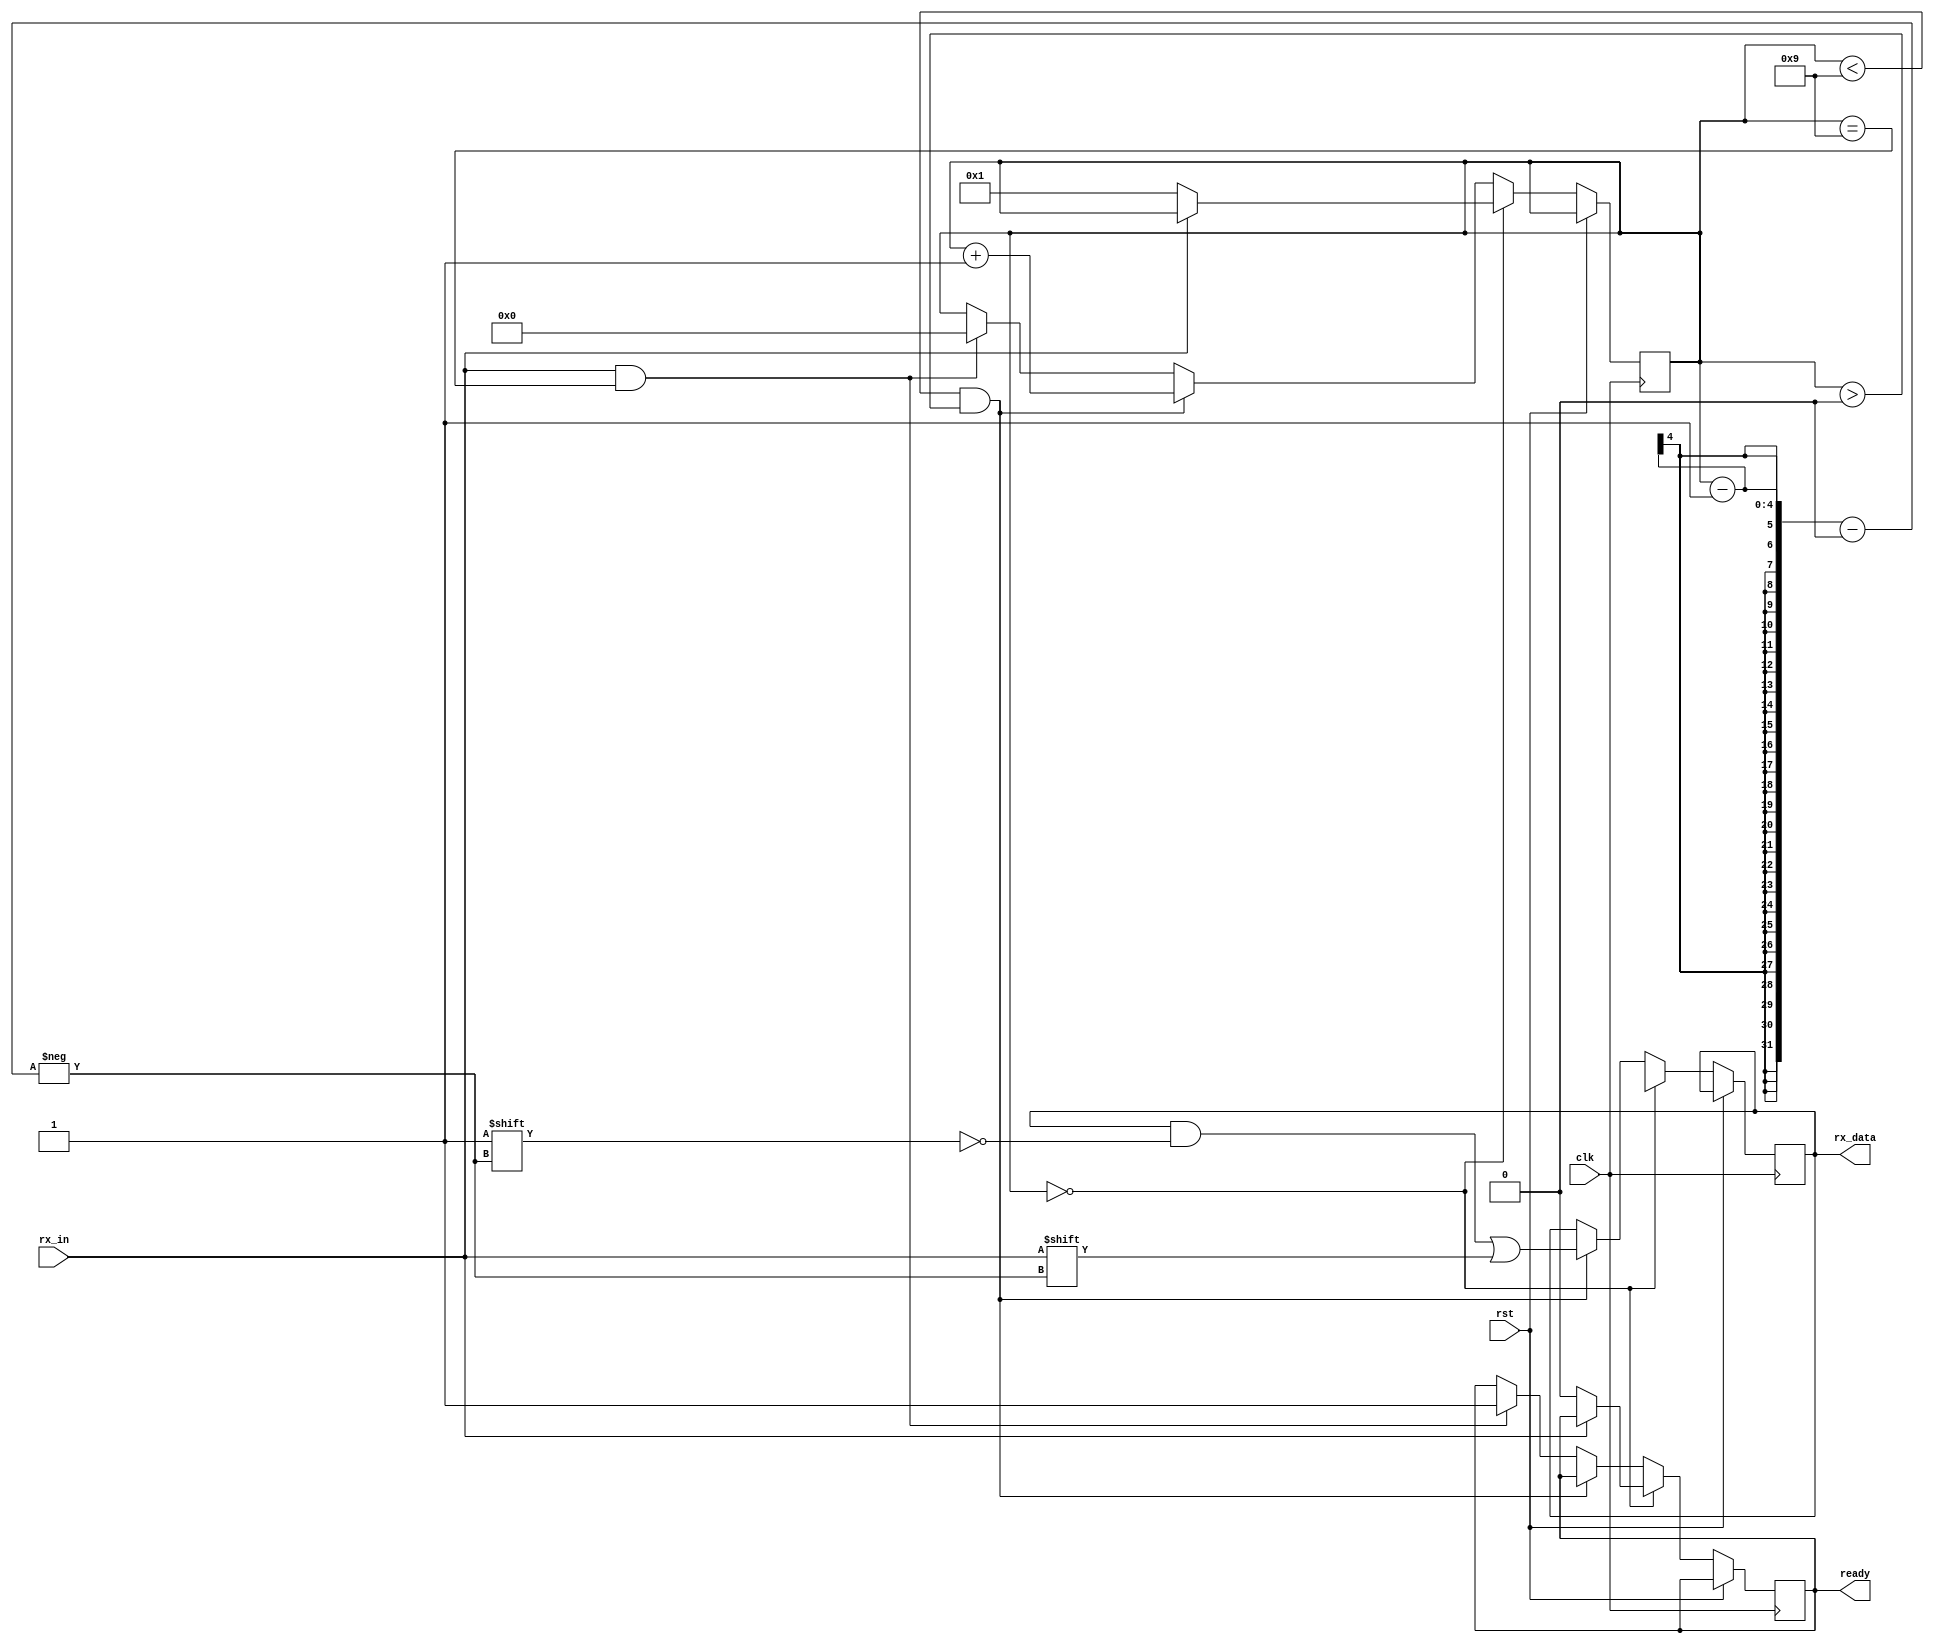
module receiver_uart (
	input wire clk,
	input wire rst,
	input wire rx_in,
	output reg [7:0] rx_data,
	output reg ready
);

	reg [3:0] bit_count = 0; 

	always @(posedge clk or posedge rst)
		if (!rst) begin   
			if (bit_count == 0) begin
				rx_data <= 8'bX;
				if (rx_in == 1'b0) begin
					bit_count <= 1;
					ready <= 0;
				end
			end else if (bit_count < 9 && bit_count > 0) begin
				rx_data[bit_count - 1] <= rx_in;
				bit_count <= bit_count + 1;
			end else if (rx_in == 1'b1 && bit_count == 9) begin
				ready <= 1;
				bit_count <= 4'b0;
			end               
		end

endmodule